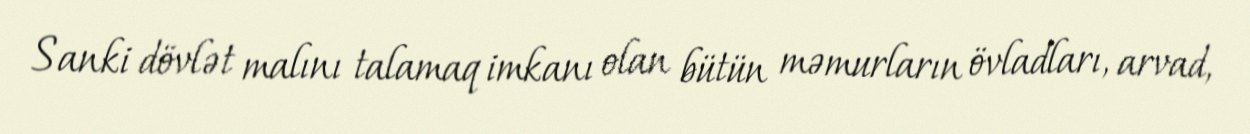
Sanki dövlət malını talamaq imkanı olan bütün məmurların övladları, arvad,